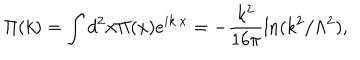
\Pi ( k ) = \int d ^ { 2 } x \Pi ( x ) e ^ { i k \cdot x } = - \frac { k ^ { 2 } } { 1 6 \pi } \ln ( k ^ { 2 } / \Lambda ^ { 2 } ) ,